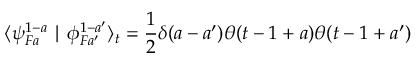
\langle \psi _ { F a } ^ { 1 - a } \mid \phi _ { F a ^ { \prime } } ^ { 1 - a ^ { \prime } } \rangle _ { t } = \frac { 1 } { 2 } \delta ( a - a ^ { \prime } ) \theta ( t - 1 + a ) \theta ( t - 1 + a ^ { \prime } )